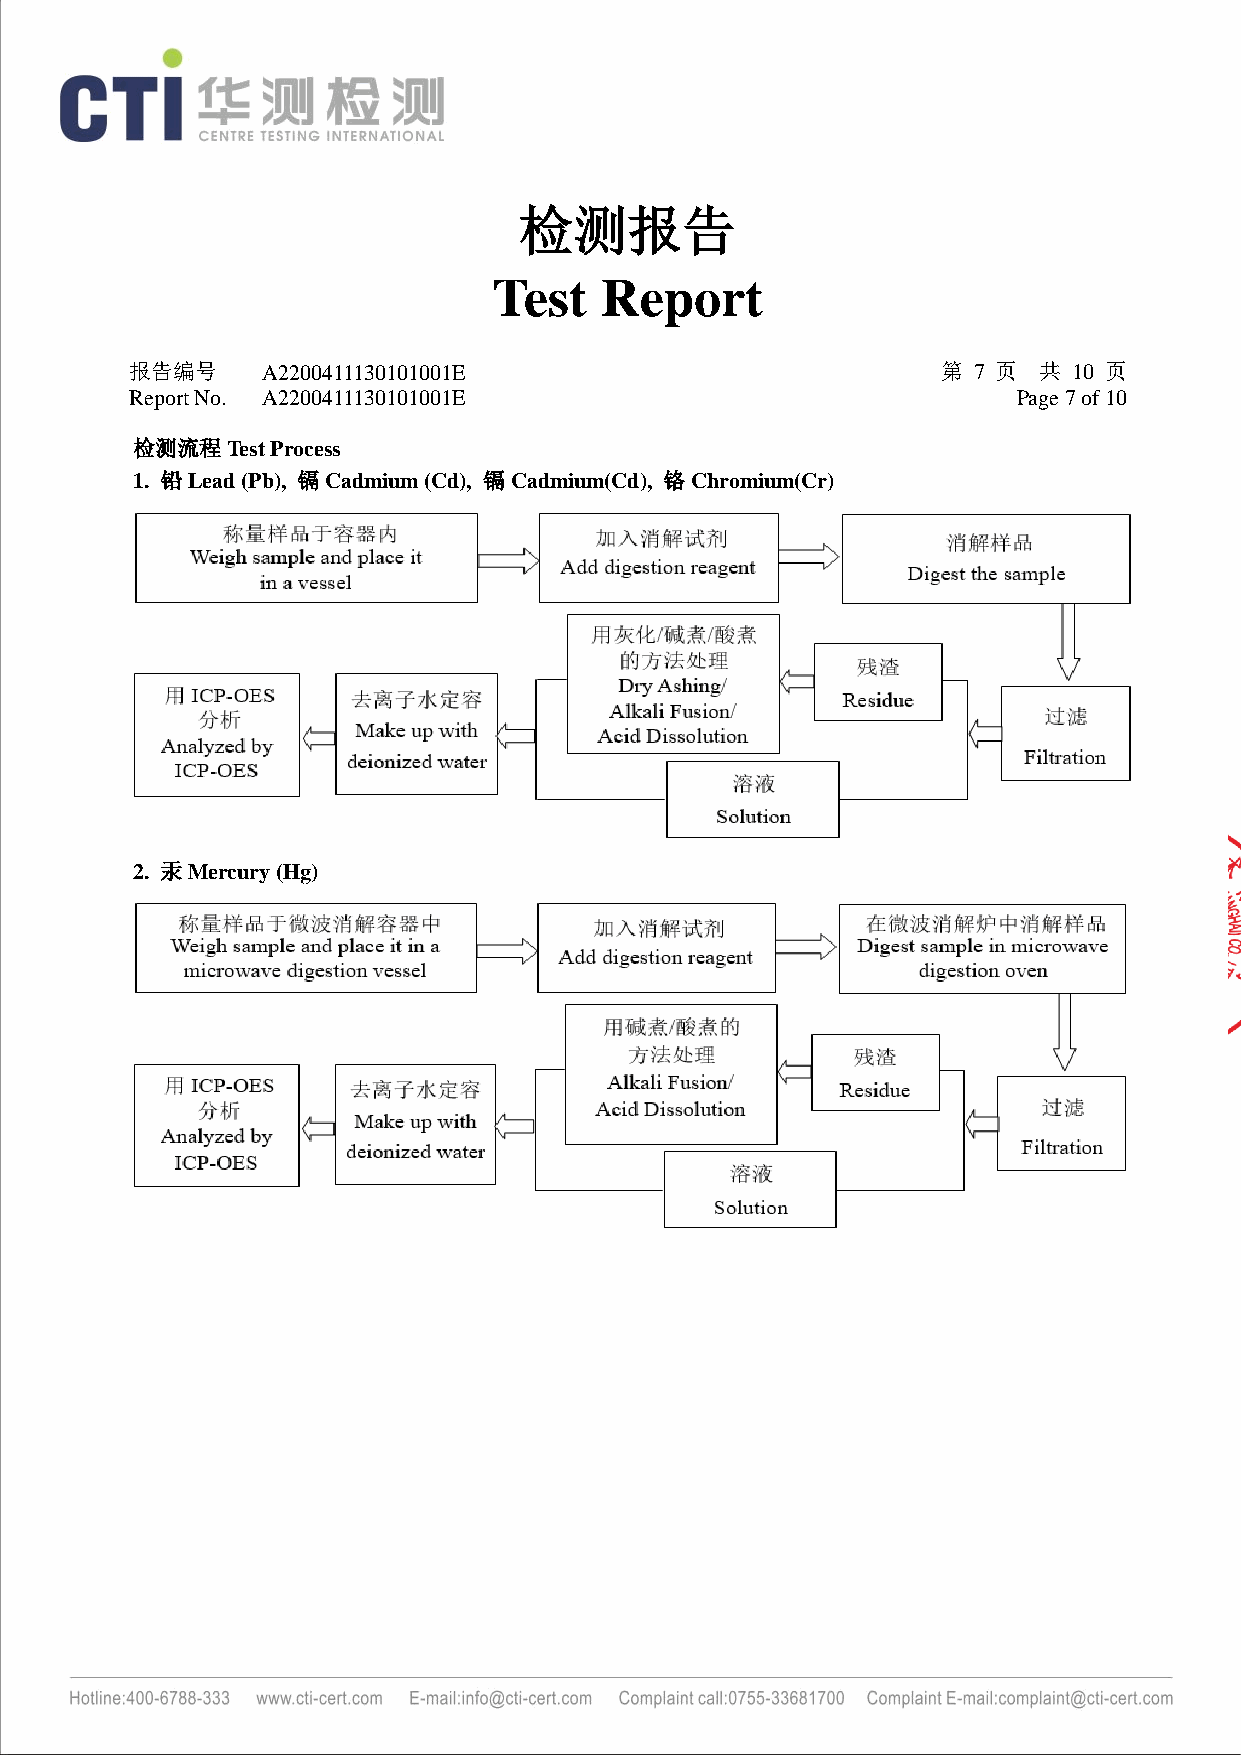
检测报告
 Test   Report
 报告编号    A2200411130101001E                           第 7 页  共 10 页
 Report No. A2200411130101001E                             Page 7 of 10
 检测流程Test Process
 1. 铅Lead (Pb), 镉Cadmium (Cd), 镉Cadmium(Cd), 铬Chromium(Cr)
 2. 汞Mercury (Hg)